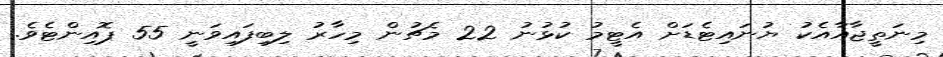
މިނަތީޖާއާއެކު ޔުނައިޓެޑަށް އެޓީމު ކުޅުނު 22 މެޗުން މިހާރު ލިބިފައިވަނީ 55 ޕޮއިންޓެވެ.